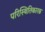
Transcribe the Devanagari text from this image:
परिस्थितिकारक